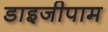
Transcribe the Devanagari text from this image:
डाइजीपाम